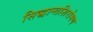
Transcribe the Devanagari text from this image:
सिद्धान्तशिरोमण